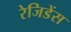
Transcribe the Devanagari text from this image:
रेजिडेंस